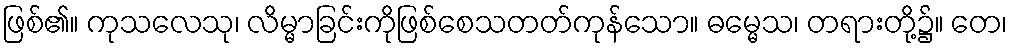
ဖြစ်၏။ ကုသလေသု၊ လိမ္မာခြင်းကိုဖြစ်စေသတတ်ကုန်သော။ ဓမ္မေသ၊ တရားတို့၌။ တေ၊